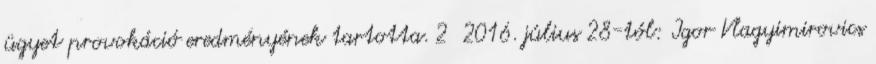
ügyet provokáció eredményének tartotta. 2 2016. július 28-tól: Igor Vlagyimirovics